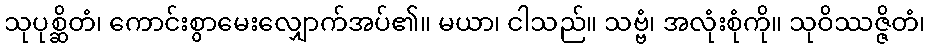
သုပုစ္ဆိတံ၊ ကောင်းစွာမေးလျှောက်အပ်၏။ မယာ၊ ငါသည်။ သဗ္ဗံ၊ အလုံးစုံကို။ သုဝိဿဇ္ဇိတံ၊